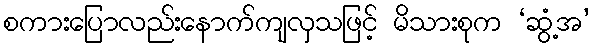
စကားပြောလည်းနောက်ကျလှသဖြင့် မိသားစုက ‘ဆွံ့အ’